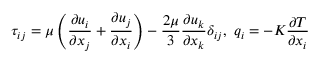
\tau _ { i j } = \mu \left( \frac { \partial u _ { i } } { \partial x _ { j } } + \frac { \partial u _ { j } } { \partial x _ { i } } \right) - \frac { 2 \mu } { 3 } \frac { \partial u _ { k } } { \partial x _ { k } } \delta _ { i j } , \ q _ { i } = - K \frac { \partial T } { \partial x _ { i } }